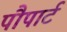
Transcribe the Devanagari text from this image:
पौपार्ट